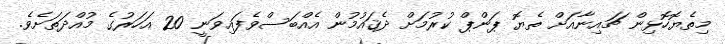
މިތެޔޮހޮޅިން ޗައިނާއަށް ތެޔޮ ޕަންޕް ކުރުމަށް ދެޤައުމުން އެއްބަސްވެފައިވަނީ 20 އަހަރުގެ މުއްދަތަށެވެ.